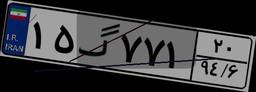
۶۹گ۳۴۲۹۲